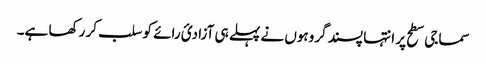
سماجی سطح پر انتہا پسند گروہوں نے پہلے ہی آزادیٔ رائے کو سلب کر رکھا ہے۔